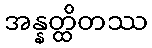
အန္နတ္ထိတဿ